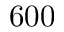
6 0 0